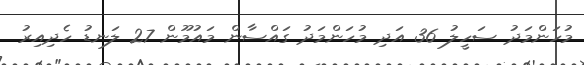
މުހަންމަދު ސަހީލު 36 އަދި މުހަންމަދު ގައްސާން މައުމޫން 27 ލަނޑު ހެދިއިރު